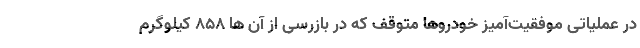
در عملیاتی موفقیت‌آمیز خودروها متوقف که در بازرسی از آن ها 858 کیلوگرم